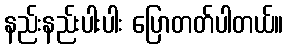
နည်းနည်းပါးပါး ပြောတတ်ပါတယ်။